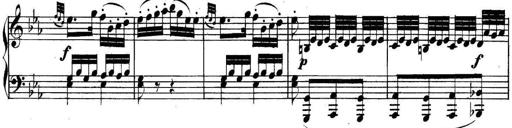
Title: Collected Piano Sonatas
Composer: Muzio Clementi